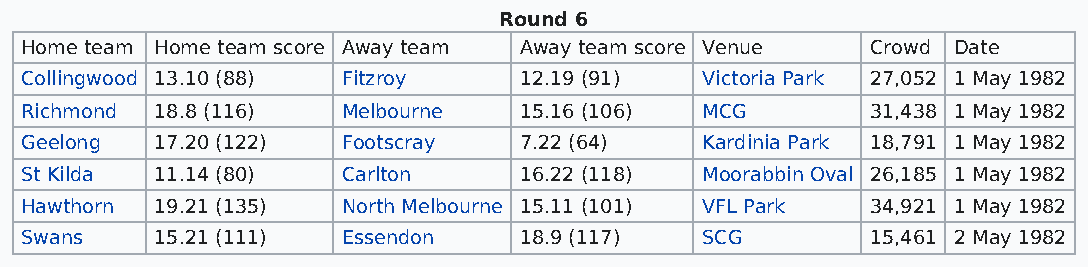
Round 6
 Home team Home team score Away team Away team score Venue Crowd Date
 Collingwood 13.10 (88) Fitzroy   12.19 (91)  Victoria Park 27,052 1 May 1982
 Richmond 18.8 (116)   Melbourne  15.16 (106) MCG         31,438 1 May 1982
 Geelong  17.20 (122)  Footscray  7.22 (64)   Kardinia Park 18,791 1 May 1982
 St Kilda 11.14 (80)   Carlton    16.22 (118) Moorabbin Oval 26,185 1 May 1982
 Hawthorn 19.21 (135)  North Melbourne 15.11 (101) VFL Park 34,921 1 May 1982
 Swans    15.21 (111)  Essendon   18.9 (117)  SCG         15,461 2 May 1982